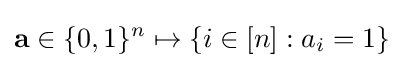
\mathbf {a} \in \{0,1\}^{n}\mapsto \{i\in [n]:a_{i}=1\}